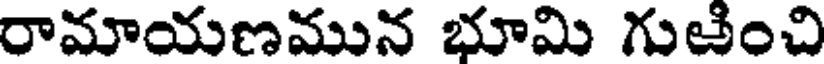
రామాయణమున భూమి గుతించి